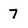
Character: 7